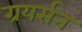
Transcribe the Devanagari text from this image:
ग्रयर्सन